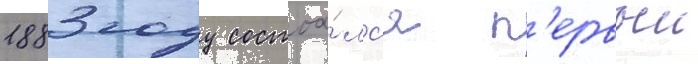
1883 году состоа́лс'я п'ервыи